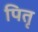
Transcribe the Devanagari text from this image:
पितृ